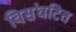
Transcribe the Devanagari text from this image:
विसंघटित